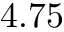
4 . 7 5